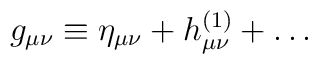
g_{\mu\nu}\equiv\eta_{\mu\nu}+h^{(1)}_{\mu\nu}+\ldots